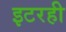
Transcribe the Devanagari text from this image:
इटरही